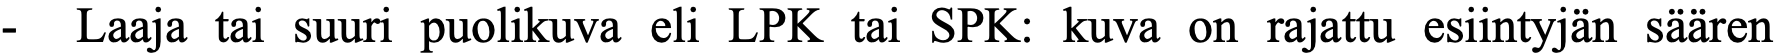
- Laaja tai suuri puolikuva eli LPK tai SPK: kuva on rajattu esiintyjän säären